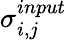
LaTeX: \sigma_{i,j}^{input}